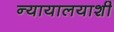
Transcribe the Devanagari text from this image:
न्यायालयाशी